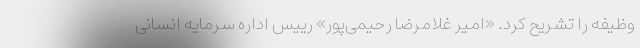
وظیفه را تشریح کرد. «امیر غلامرضا رحیمی‌پور» رییس اداره سرمایه انسانی